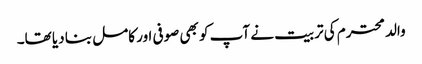
والد محترم کی تربیت نے آپ کو بھی صوفی اور کامل بنا دیا تھا۔